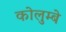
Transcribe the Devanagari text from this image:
कोलुम्बे